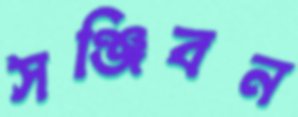
সঞ্জিবন